Report of the Indian Hemp Drugs Commission, 1894-1895 - Volume I
Year: 1894
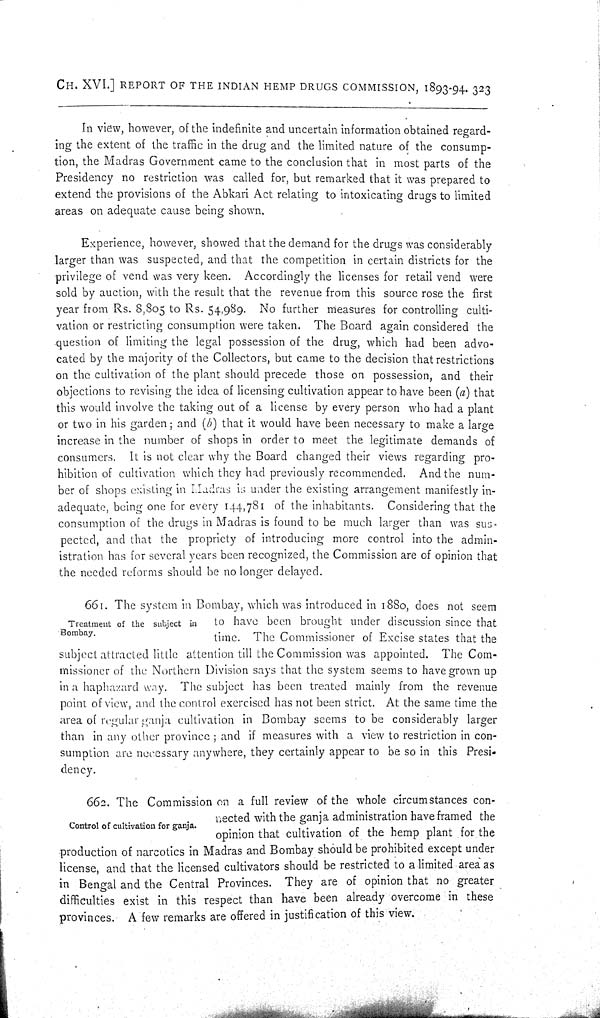
CH. XVI.] REPORT OF THE INDIAN HEMP DRUGS COMMISSION, 1893-94. 323
In view, however, of the indefinite and uncertain information obtained regard-
ing the extent of the traffic in the drug and the limited nature of the consump-
tion, the Madras Government came to the conclusion that in most parts of the
Presidency no restriction was called for, but remarked that it was prepared to
extend the provisions of the Abkari Act relating to intoxicating drugs to limited
areas on adequate cause being shown.
Experience, however, showed that the demand for the drugs was considerably
larger than was suspected, and that the competition in certain districts for the
privilege of vend was very keen. Accordingly the licenses for retail vend were
sold by auction, with the result that the revenue from this source rose the first
year from Rs. 8,805 to Rs. 54,989. No further measures for controlling culti-
vation or restricting consumption were taken. The Board again considered the
question of limiting the legal possession of the drug, which had been advo-
cated by the majority of the Collectors, but came to the decision that restrictions
on the cultivation of the plant should precede those on possession, and their
objections to revising the idea of licensing cultivation appear to have been (a) that
this would involve the taking out of a license by every person who had a plant
or two in his garden; and (b) that it would have been necessary to make a large
increase in the number of shops in order to meet the legitimate demands of
consumers. It is not clear why the Board changed their views regarding pro-
hibition of cultivation which they had previously recommended. And the num-
ber of shops existing in Madras is under the existing arrangement manifestly in-
adequate, being one for every 144,781 of the inhabitants. Considering that the
consumption of the drugs in Madras is found to be much larger than was sus-
pected, and that the propriety of introducing more control into the admin-
istration has for several years been recognized, the Commission are of opinion that
the needed reforms should be no longer delayed.
Treatment of the subject in
Bombay.
661. The system in Bombay, which was introduced in 1880, does not seem
to have been brought under discussion since that
time. The Commissioner of Excise states that the
subject attracted little attention till the Commission was appointed. The Com-
missioner of the Northern Division says that the system seems to have grown up
in a haphazard way. The subject has been treated mainly from the revenue
point of view, and the control exercised has not been strict. At the same time the
area of regular ganja cultivation in Bombay seems to be considerably larger
than in any other province; and if measures with a view to restriction in con-
sumption are necessary anywhere, they certainly appear to be so in this Presi-
dency.
Control of cultivation for ganja.
662. The Commission on a full review of the whole circumstances con-
nected with the ganja administration have framed the
opinion that cultivation of the hemp plant for the
production of narcotics in Madras and Bombay should be prohibited except under
license, and that the licensed cultivators should be restricted to a limited area as
in Bengal and the Central Provinces. They are of opinion that no greater
difficulties exist in this respect than have been already overcome in these
provinces. A few remarks are offered in justification of this view.